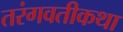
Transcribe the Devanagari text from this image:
तरंगवतीकथा